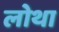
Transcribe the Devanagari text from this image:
लोथा